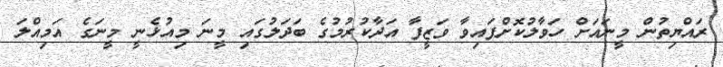
ރައްޔިތުން މީނައަށް ހަވާލުކޮށްފައިވާ ވަޒީފާ އަދާކުރުމުގެ ބަދަލުގައި މީނަ މިއުޅެނީ މީނަގެ އަމިއްލަ